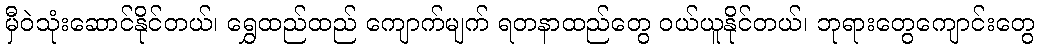
မှီဝဲသုံးဆောင်နိုင်တယ်၊ ရွှေထည်ထည် ကျောက်မျက် ရတနာထည်တွေ ဝယ်ယူနိုင်တယ်၊ ဘုရားတွေကျောင်းတွေ